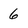
Character: 6